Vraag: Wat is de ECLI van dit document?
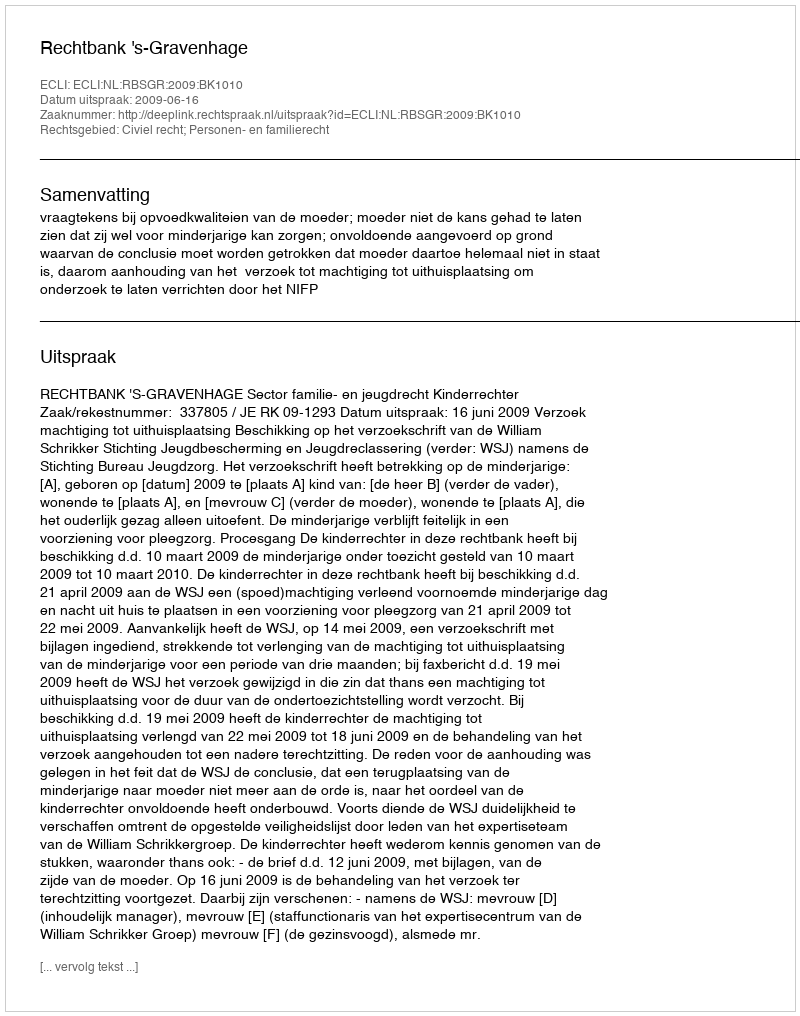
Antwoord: ECLI:NL:RBSGR:2009:BK1010